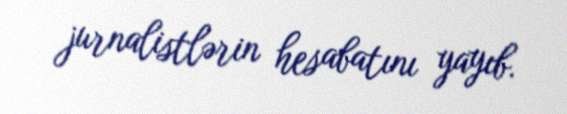
jurnalistlərin hesabatını yayıb.